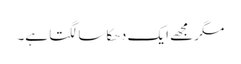
مگر مجھے ایک دھکا سا لگتا ہے۔